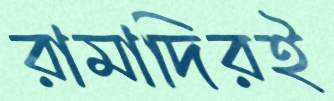
রামাদিরই